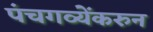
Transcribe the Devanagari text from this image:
पंचगव्येंकरुन